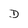
Character: D